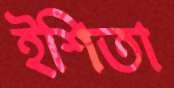
ইশিতা